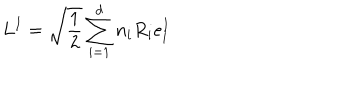
LaTeX: L ^ { I } = \sqrt \frac { 1 } { 2 } \sum _ { i = 1 } ^ { d } n _ { i } R _ { i } e _ { i } ^ { I }